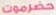
حضرموت